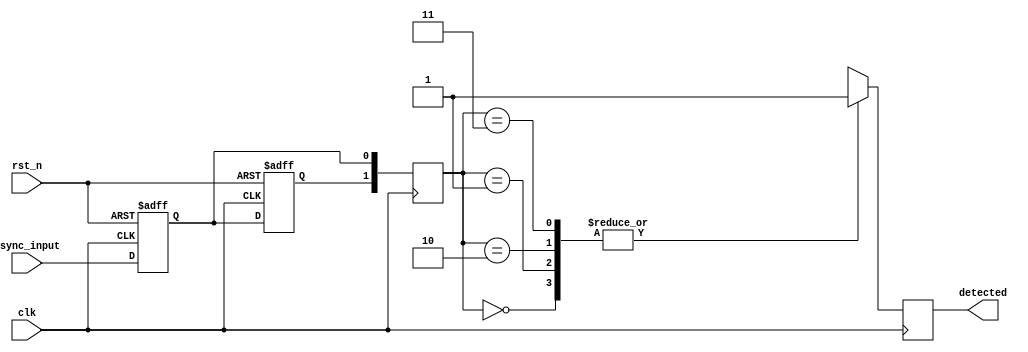
module dual_ff_detector (
    input wire clk,          // Clock signal
    input wire rst_n,       // Active low reset
    input wire async_input,  // Asynchronous input signal to detect patterns
    output reg detected      // Output signal indicating pattern detection
);

// State definition
reg ff1, ff2;                // Two flip-flops for synchronizing the input

// Memory block to store intermediate states
reg [1:0] pattern_memory [0:3]; // Memory block capable of storing 4 patterns
reg [1:0] current_state;        // Current state of the pattern detection

// Predefined patterns (example)
parameter PATTERN_0 = 2'b00; // Pattern to detect
parameter PATTERN_1 = 2'b01; // Second pattern
parameter PATTERN_2 = 2'b10; // Third pattern
parameter PATTERN_3 = 2'b11; // Fourth pattern

// Asynchronous reset and dual flip-flop sampling
always @(posedge clk or negedge rst_n) begin
    if (!rst_n) begin
        ff1 <= 1'b0;
        ff2 <= 1'b0;
    end else begin
        ff1 <= async_input; // Sample the async input into the first flip-flop
        ff2 <= ff1;         // Sample the first flip-flop into the second flip-flop
    end
end

// Detecting patterns based on state of the flip-flops
always @(posedge clk) begin
    // Store the current state in memory block
    current_state <= {ff2, ff1};

    // Check for pattern detection
    case (current_state)
        PATTERN_0: detected <= 1'b1; // Detected first pattern
        PATTERN_1: detected <= 1'b1; // Detected second pattern
        PATTERN_2: detected <= 1'b1; // Detected third pattern
        PATTERN_3: detected <= 1'b1; // Detected fourth pattern
        default: detected <= 1'b0;   // No pattern detected
    endcase
end

endmodule